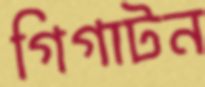
গিগাটন